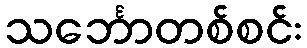
သင်္ဘောတစ်စင်း